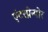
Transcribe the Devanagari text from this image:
एंटरप्रेन्योर